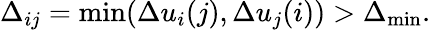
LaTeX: \Delta_{ij}=\mathrm{{min}}(\Delta u_{i}(j),\Delta u_{j}(i))>\Delta_{\mathrm{{min}}}.